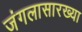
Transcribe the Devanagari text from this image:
जंगलासारख्या